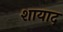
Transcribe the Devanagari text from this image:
शायाद